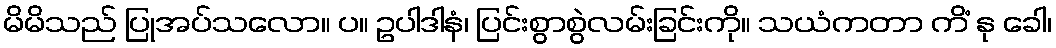
မိမိသည် ပြုအပ်သလော။ ပ။ ဥပါဒါနံ၊ ပြင်းစွာစွဲလမ်းခြင်းကို။ သယံကတာ ကိံ နု ခေါ၊